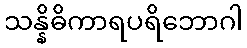
သန္နိဓိကာရပရိဘောဂါ